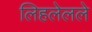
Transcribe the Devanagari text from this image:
लिहलेलले